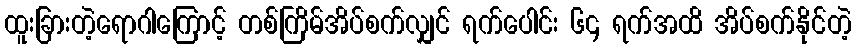
ထူးခြားတဲ့ရောဂါကြောင့် တစ်ကြိမ်အိပ်စက်လျှင် ရက်ပေါင်း ၆၄ ရက်အထိ အိပ်စက်နိုင်တဲ့